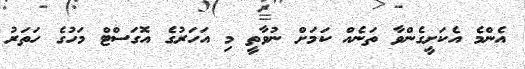
އެންމެ އެކަށީގެންވާ ތަނެއް ކަމަށް ނުވާތީ މި އަހަރުގެ އޮގަސްޓް މަހުގެ ހަތަރު